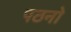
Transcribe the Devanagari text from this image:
पठनो